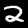
Digit: 2